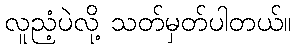
လူညံ့ပဲလို့ သတ်မှတ်ပါတယ်။